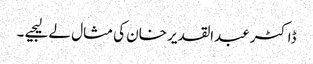
ڈاکٹر عبدالقدیر خان کی مثال لے لیجیے ۔